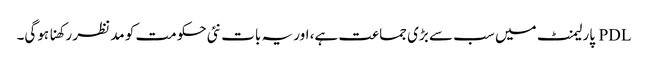
PDL پارلیمنٹ میں سب سے بڑی جماعت ہے، اور یہ بات نئی حکومت کو مد نظر رکھنا ہوگی۔